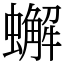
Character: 蠏